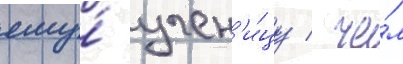
ему́ учен'и́цу / че́м